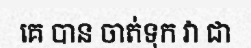
គេ បាន ចាត់ទុក វា ជា